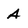
Character: A